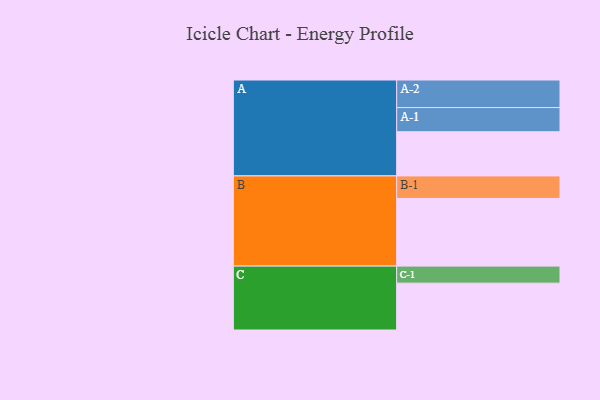
{"axis": {"x": "Segment", "y": "Value"}, "legend": ["", "A", "B", "C"], "data": [{"x": "A", "y": 378, "type": ""}, {"x": "B", "y": 579, "type": ""}, {"x": "C", "y": 401, "type": ""}, {"x": "A-1", "y": 207, "type": "A"}, {"x": "A-2", "y": 236, "type": "A"}, {"x": "B-1", "y": 193, "type": "B"}, {"x": "C-1", "y": 146, "type": "C"}]}